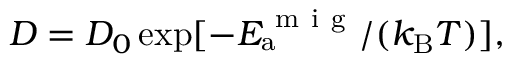
D = D _ { 0 } \exp [ - E _ { \mathrm { a } } ^ { \mathrm { ~ m ~ i ~ g ~ } } / ( k _ { \mathrm { B } } T ) ] ,